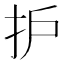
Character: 护